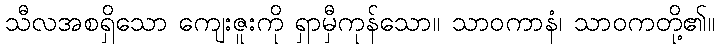
သီလအစရှိသော ကျေးဇူးကို ရှာမှီကုန်သော။ သာဝကာနံ၊ သာဝကတို့၏။